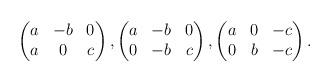
LaTeX: \begin{align*}\begin{pmatrix}a & -b & 0 \\a & 0 & c\end{pmatrix},\begin{pmatrix}a & -b & 0 \\0 & -b & c\end{pmatrix},\begin{pmatrix}a & 0 & -c \\0 & b & -c\end{pmatrix}.\end{align*}